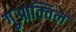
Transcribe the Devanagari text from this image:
गुआक्विल